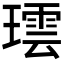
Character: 𬎌